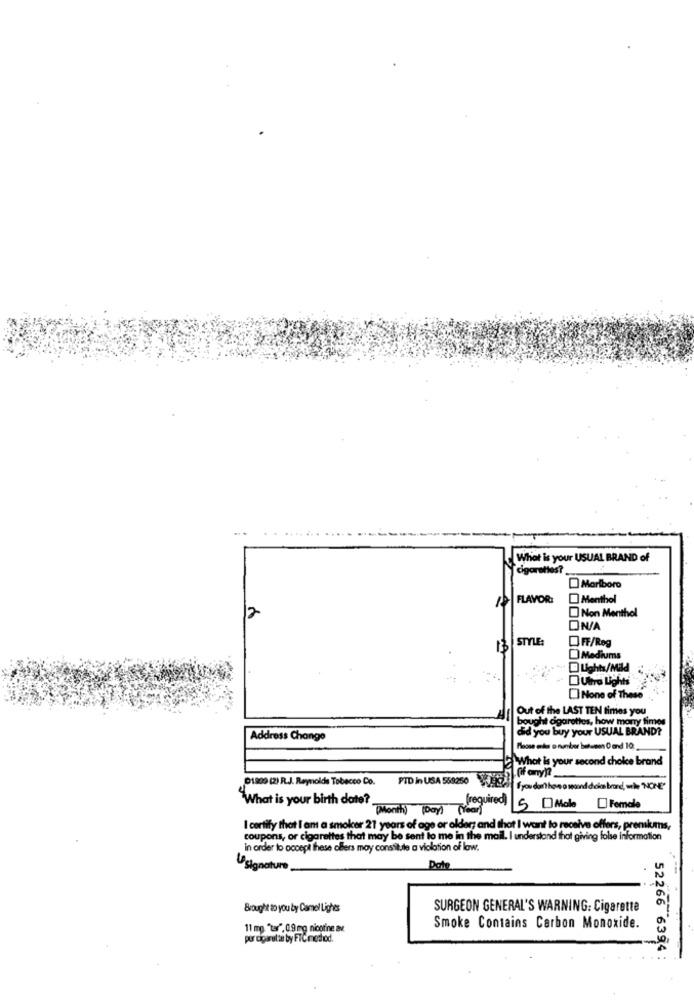
What is your USUAL BRAND of
cigarettes ?.
Marlboro
FLAVOR:
Menthol
Non Menthol
12
ON/A
STYLE:
OFF/Reg
13
Mediums
DUghts/Mild
Ultra Lights
[] None of These
Out of the LAST TEN times you
bought cigarettes, how many times
did you buy your USUAL BRAND?
Address Change
Moose ende o number between 0 and 10.
What is your second choice brand
1.Of any ??_
01809 (2) R.J. Reynolds Tobacco Co.
PID in USA 559250
"What is your birth date?
(Month Day) (Year)
(required) 5 Male Female
I certify that I am a smoker 21 years of age or older; and that I want to receive offers, premiums,
coupons, or cigarettes that may be sent to me in the mail. I understand that giving false information
in order to accept these ollers may constitute a violation of law.
signature
Brought to you by Camel Lighes
SURGEON GENERAL'S WARNING: Cigarette
11 mg. "tar", 0.9mg nicotine av.
Smoke Contains Carbon Monoxide.
por cigarette by FTCimethod.
52266 6394 :